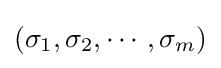
(\sigma _{1},\sigma _{2},\cdots ,\sigma _{m})